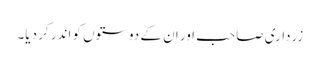
زرداری صاحب اور ان کے دوستوں کو اندر کر دیا۔